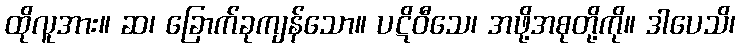
ထိုလူအား။ ဆ၊ ခြောက်ခုကျန်သော။ ပဋိဝီသေ၊ အဖို့အစုတို့ကို။ ဒါပေသိ၊